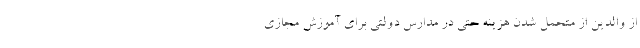
از والدین از متحمل شدن هزینه حتی در مدارس دولتی برای آموزش مجازی